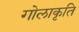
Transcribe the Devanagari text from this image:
गोलाकृति